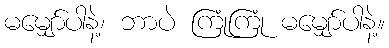
မမျှော်ပါနဲ့၊ ဘာပဲ ကြုံကြုံ မမျှော်ပါနဲ့။